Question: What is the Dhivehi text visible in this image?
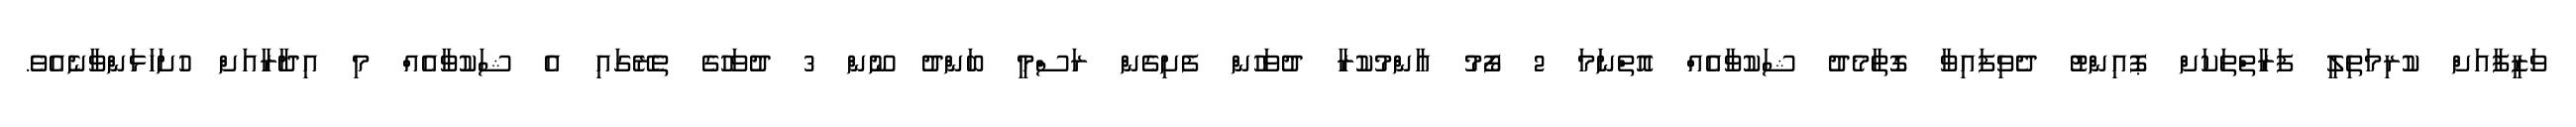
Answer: ވަޒީފާއަށް ކުރިމަތިލީ ފަރާތްތަކަށް ޕޮއިންޓު ދެވިފައިވާ ގޮތާމެދު ޝަކުވާއެއް އޮތްނަމަ 2 ފޯމު އާންމުކުރާ ދުވަހުން ފެށިގެން ރަސްމީ ބަންދު ނޫން 3 ދުވަހުގެ ތެރޭގައި އެ ޝަކުވާއެއް މި އިދާރާއަށް ހުށަހަޅަންވާނެއެވެ.